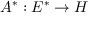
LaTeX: A ^ { * } : E ^ { * } \to H